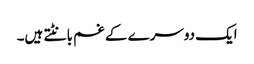
ایک دوسرے کے غم بانٹتے ہیں۔